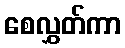
စေလွှတ်ကာ